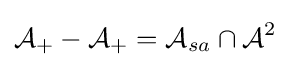
{\mathcal {A}}_{+}-{\mathcal {A}}_{+}={\mathcal {A}}_{sa}\cap {\mathcal {A}}^{2}